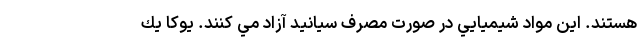
هستند. اين مواد شيميايي در صورت مصرف سيانيد آزاد مي كنند. يوكا يك